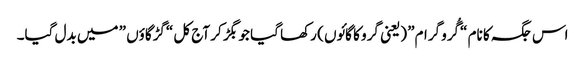
اس جگہ کا نام “گُرو گرام” (یعنی گرو کا گائوں ) رکھا گیا جو بگڑ کر آج کل “گڑگاؤں ” میں بدل گیا۔